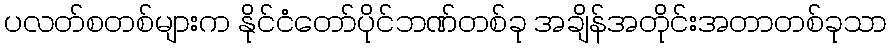
ပလတ်စတစ်များက နိုင်ငံတော်ပိုင်ဘဏ်တစ်ခု အချိန်အတိုင်းအတာတစ်ခုသာ